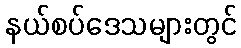
နယ်စပ်ဒေသများတွင်